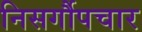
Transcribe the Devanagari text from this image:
निसर्गौपचार